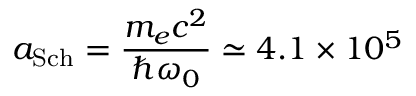
a _ { \mathrm { S c h } } = \frac { m _ { e } c ^ { 2 } } { \hbar \omega _ { 0 } } \simeq 4 . 1 \times 1 0 ^ { 5 }